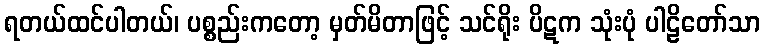
ရတယ်ထင်ပါတယ်၊ ပစ္စည်းကတော့ မှတ်မိတာဖြင့် သင်ရိုး ပိဋက သုံးပုံ ပါဠိတော်သာ